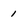
Character: 1